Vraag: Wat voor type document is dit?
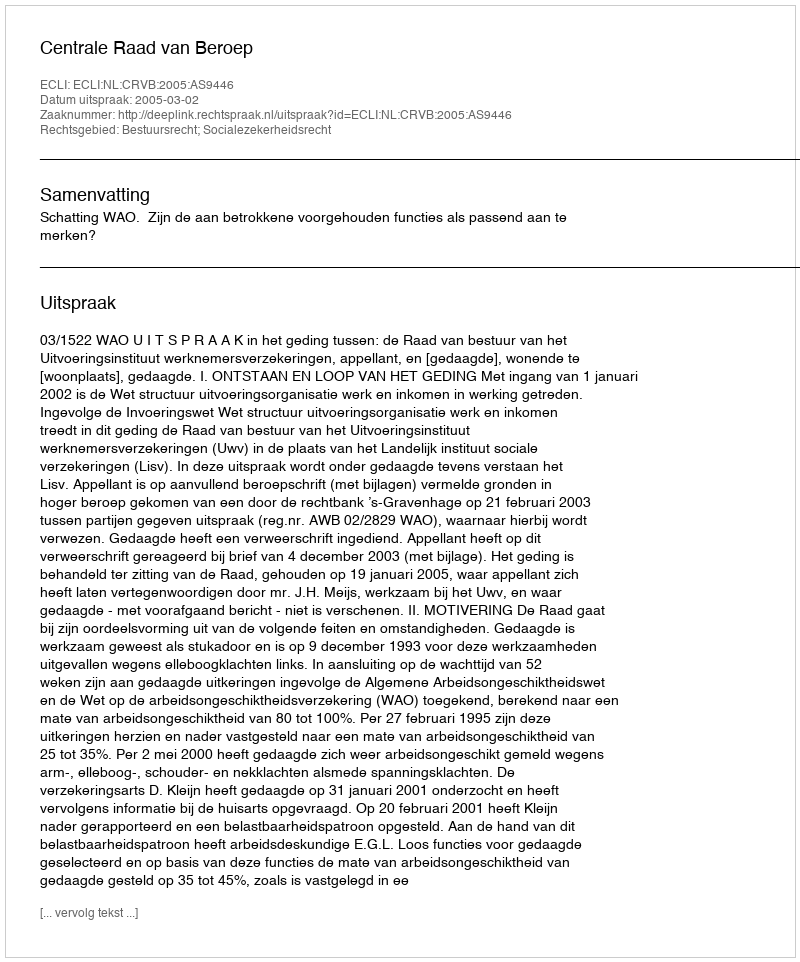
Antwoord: Uitspraak